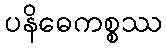
ပနိဓေကစ္စဿ